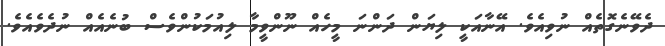
ދެވޭނެގޮތެއް ނުވިއެވެ. އޭނާއަކީ ލިޔަން ދަންނަ މީހެއް ނޫންވީމާ ލިއުމަކުންވެސް ބުނެއެއް ނުދެވެއެވެ.